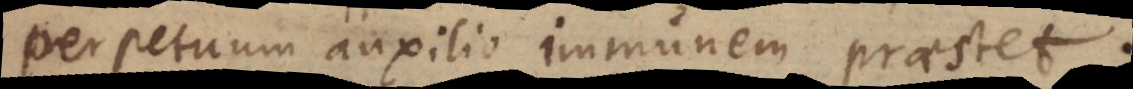
perpetuum auxilio immunem praestet.